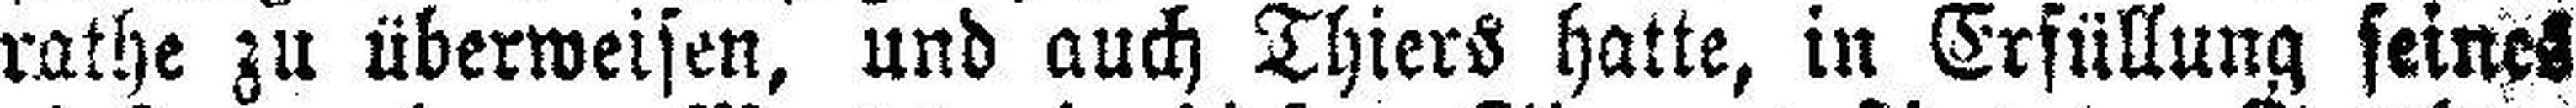
rathe zu überweisen, und auch Thiers hatte, in Erfüllung seines